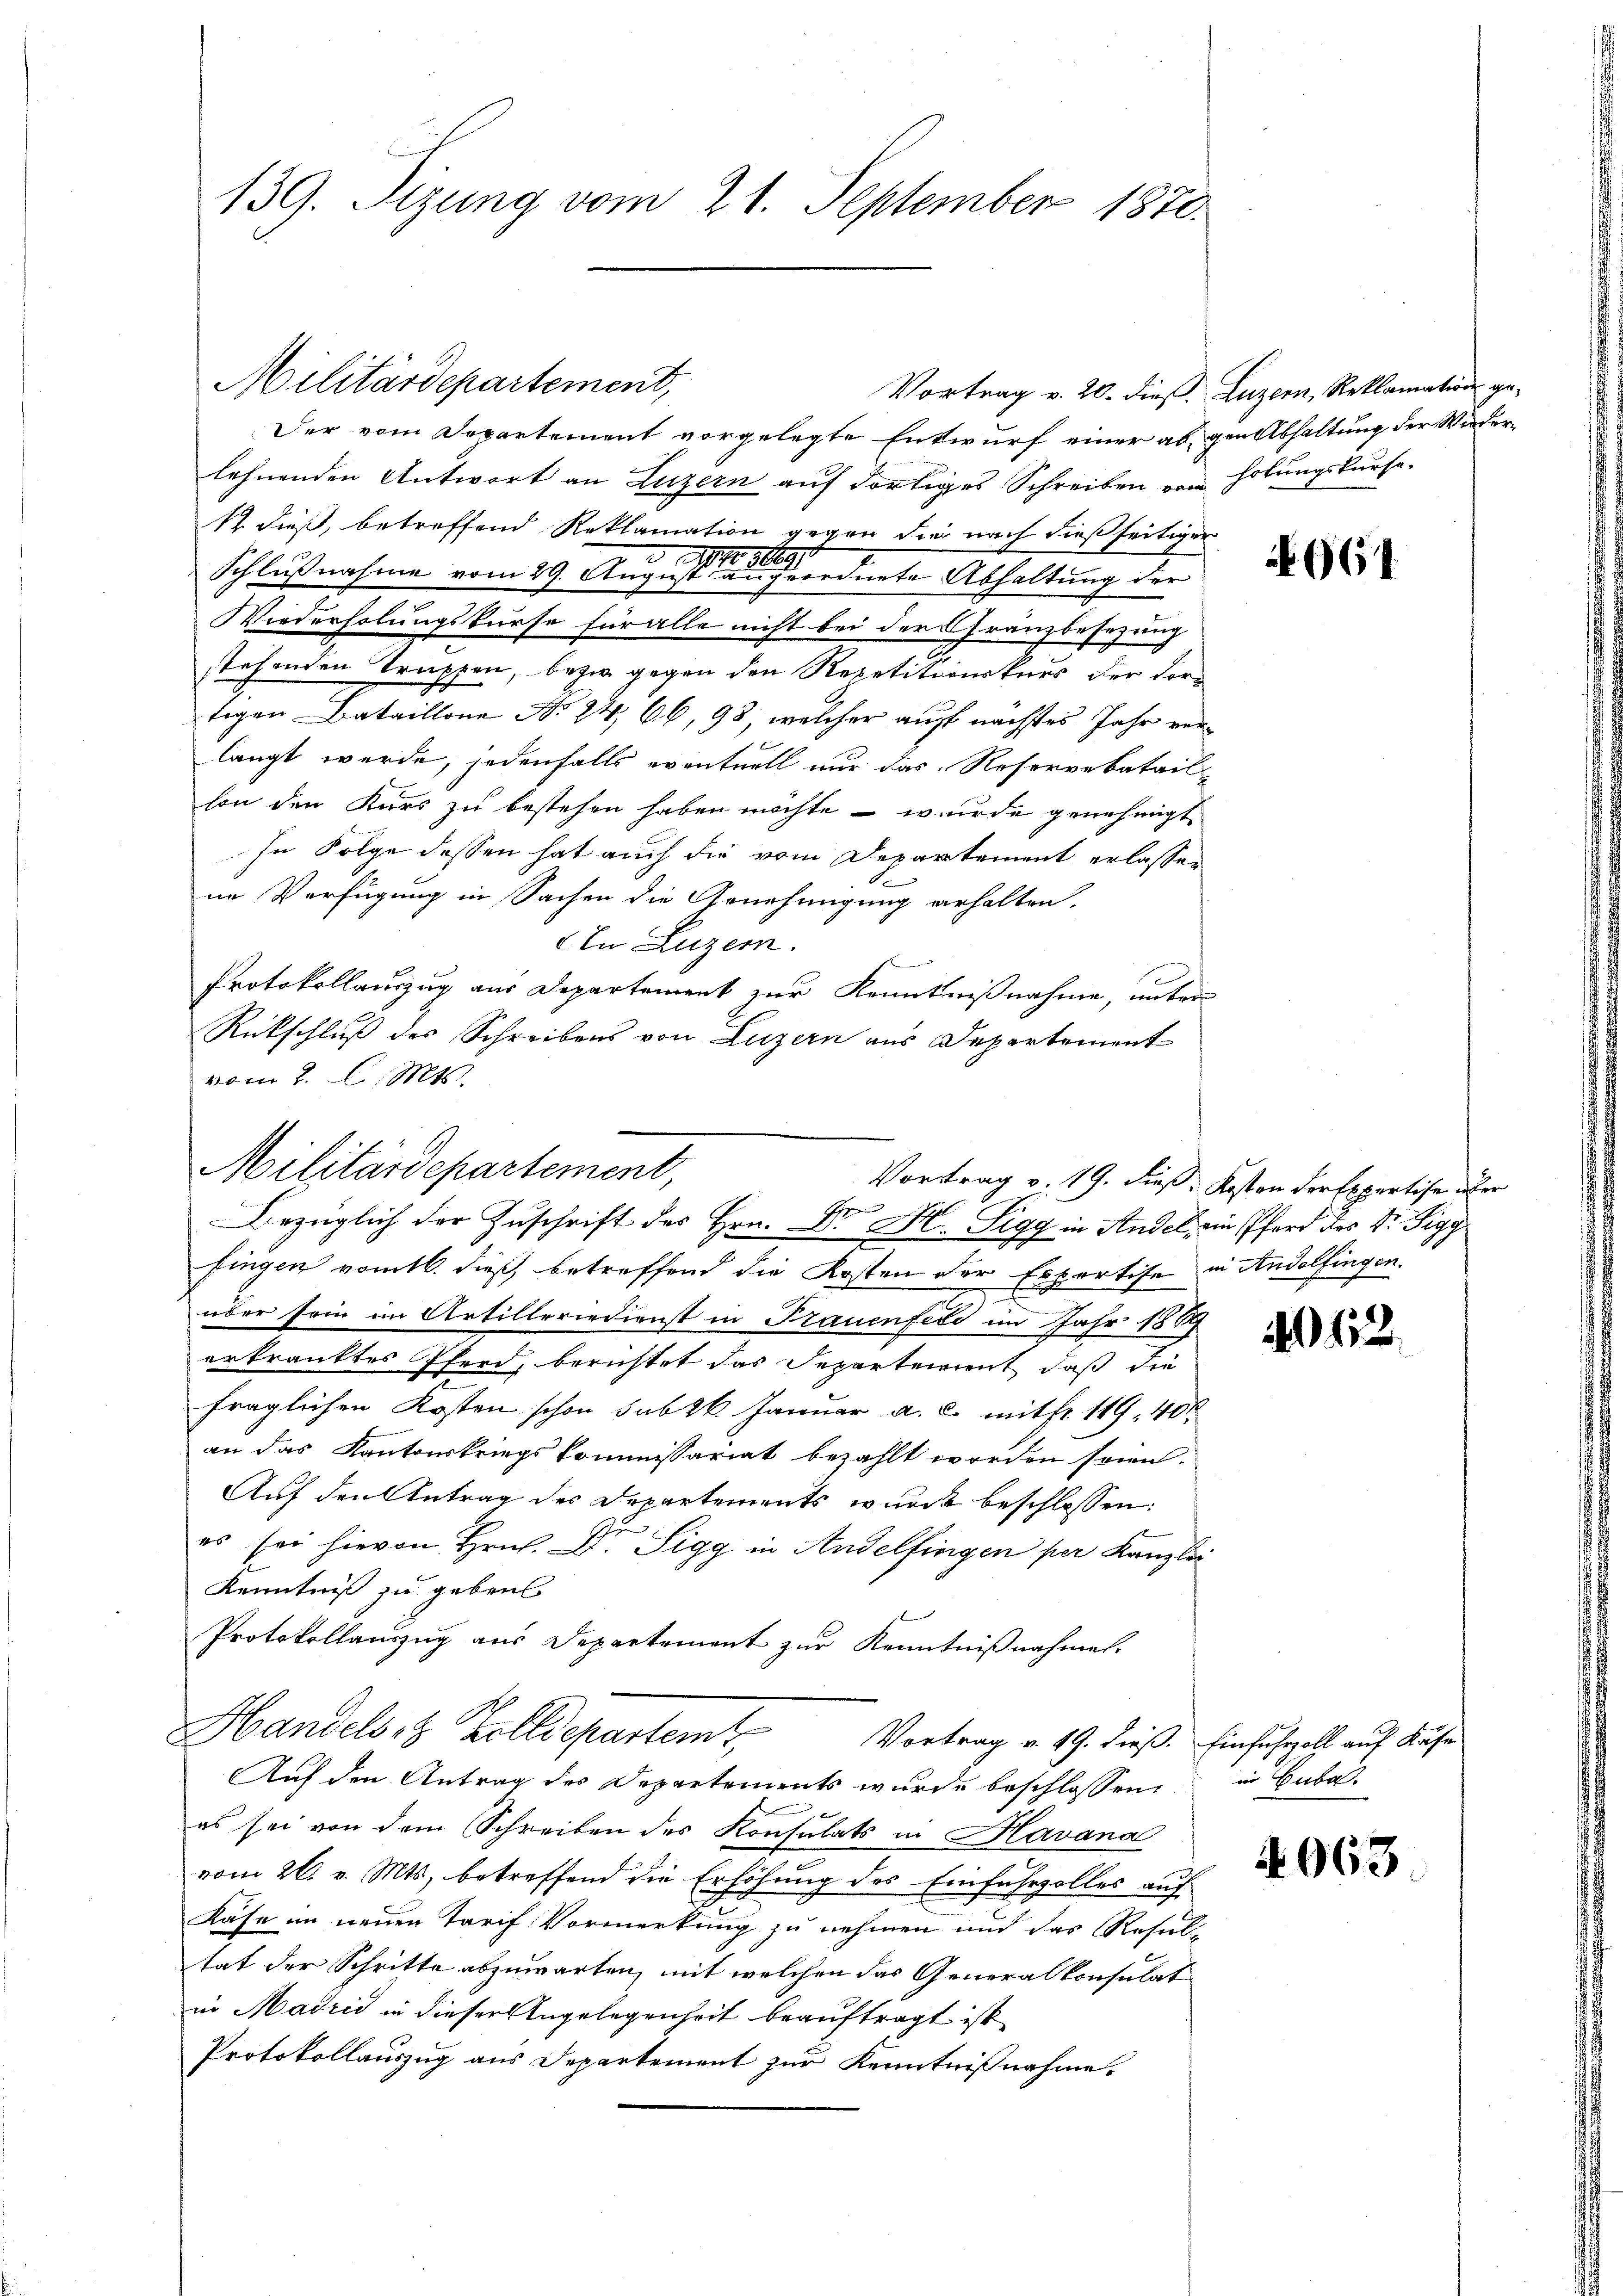
139. Sizung vom 21. September 1870.

Der vom Departement vorgelegte Entwurf einer abgen Abhaltung der Wiederlehnenden Antwort an Luzern auf dortiges Schreiben von holungskurse.
12. dieß, betreffend Reklamation gegen die nach dießseitiger
Schlußnahme vom 29. August dieses geordnete Abhaltung der
Wiederholungskurse für alle nicht bei der Gränzbesezung
stehenden Truppen, bezw. gegen den Repetitionskurs der Fortigen Bataillone No 24, 66, 98, welcher auf nächstes Jahr verlangt werde, jedenfalls eventuell nur das Reservebatail
hon den Kurs zu bestehen haben möchte – wurde genehmigt,
In Folge dessen hat auch die vom Departement erlassen
ne Verfügung in Sachen die Genehmigung erhalten.
An Luzern.
Protokollauszug aus Departement zur Kenntnißnahme, unter
Rückschluß des Schreibens von Luzern aus Departement
vom 2. l. Mts.

Militärdepartement,

Militärdepartement,
Vortrag v. 19. dieß, Kosten der Expertise über
2
G

Bezüglich der Zuschrift des Hrn. D. Dr. Sigg in Andel, ein Pferd des Dr. Sigyfingen vom 16. dieß, betreffend die Kosten der Expertise in Andelfingen.
J
über sein im Artilleriedienst in Trauenfeld im Jahr 1889
erkranktes Pferd, berichtet das Separtement, daß die
fraglichen Kosten schon sub 26. Januar a. c. mit fr. 119, 40 x
an das Kantonskriegskommissariat bezahlt worden seien.
Auf den Antrag des Departements wurde beschlossen:
es sei hievon Hrn. Dr. Sigg in Andelfingen per Kanzlei
Kenntniß zu geben
Protokollauszug aus Departement zur Kenntnißnahmen.
Handels 8 Zolldepartemt
Vortrag v. 49. dieß. Einfuhrzoll auf Kase
Auf den Antrag des Departements wurde beschlossen:
es sei von dem Schreiben des Konsulats in Havana
vom 26. v. Mts., betreffend die Erhöhung des Einfuhrzolles auf
Kase im neuen Tarif Vormerkung zu nehmen und das Resul-
tat der Schritte abzuwarten, mit welchen das Generalkonsulat
in Madrid in dieser Angelegenheit beauftragt ist
Protokollauszug aus Departement zur Kenntnißnahme.

Vortrag v. 20. dieß. Luzern, Reklamation ge¬

N961

152.

in Guba

4963